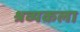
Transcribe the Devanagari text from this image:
श्रव्यकला